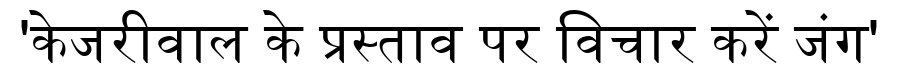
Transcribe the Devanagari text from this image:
'केजरीवाल के प्रस्ताव पर विचार करें जंग'